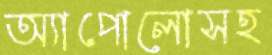
অ্যাপোলোসহ